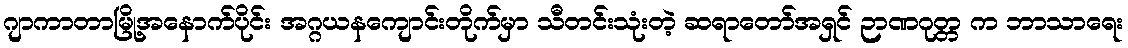
ဂျာကာတာမြို့အနောက်ပိုင်း အဂ္ဂယနကျောင်းတိုက်မှာ သီတင်းသုံးတဲ့ ဆရာတော်အရှင် ဉာဏဂုတ္တ က ဘာသာရေး